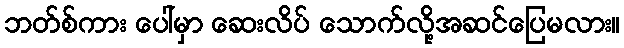
ဘတ်စ်ကား ပေါ်မှာ ဆေးလိပ် သောက်လို့အဆင်ပြေမလား။